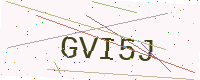
Text: GVI5J